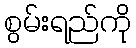
စွမ်းရည်ကို